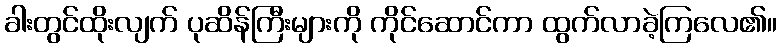
ခါးတွင်ထိုးလျက် ပုဆိန်ကြီးများကို ကိုင်ဆောင်ကာ ထွက်လာခဲ့ကြလေ၏။